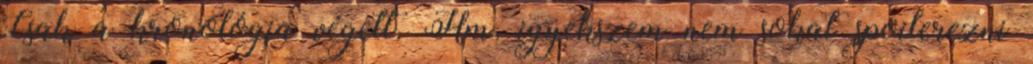
Csak a kronológia végett. Hm, igyekszem nem sokat spoilerezni